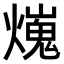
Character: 𤐜